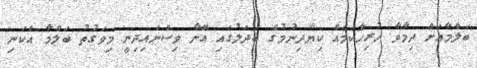
ބަލްމާއަށް ދިމާވާ ހުރިހާކަމެއް ކިޔާދިނުމުގެ ބަދަލުގައި އޭނާ ވިސްނައިދިނީ މިވަގުތު ބަލްމާ އެކަނި